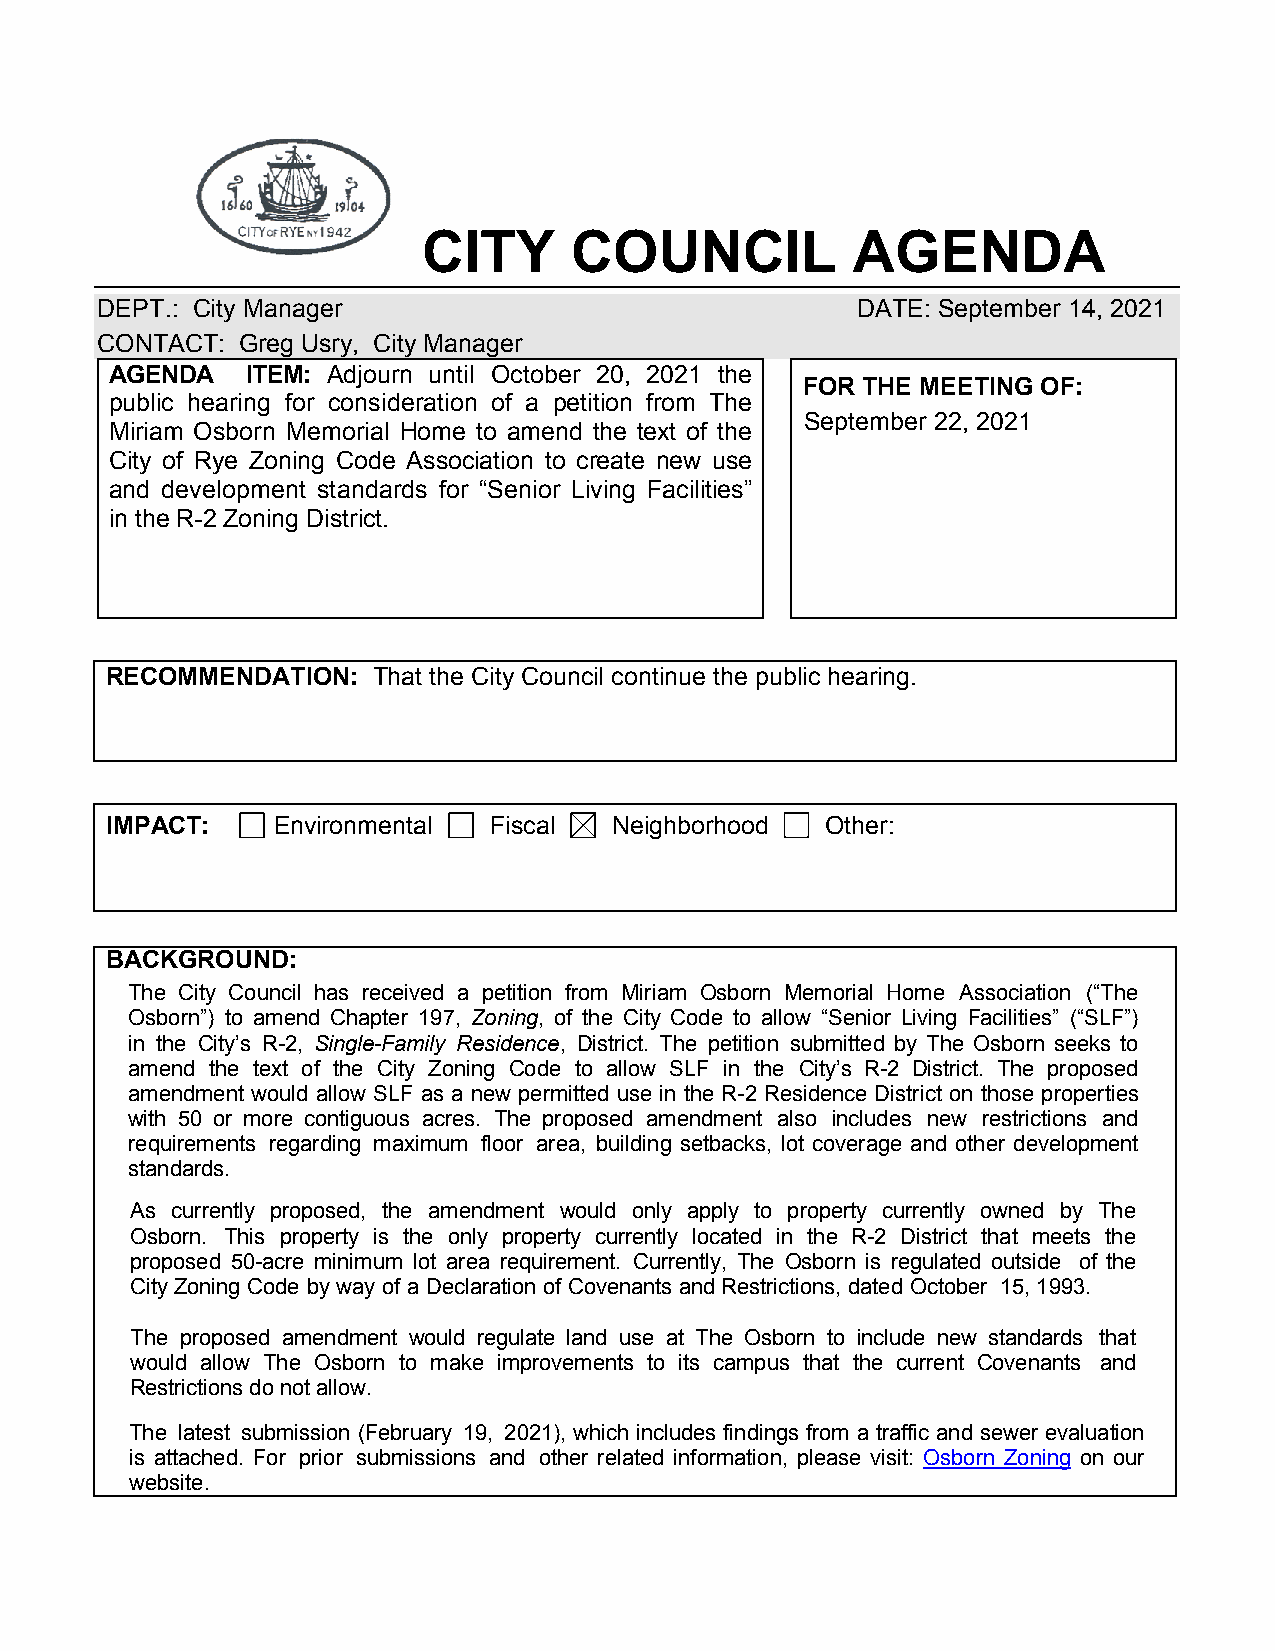
CITY      COUNCIL           AGENDA
 DEPT.: City Manager                                DATE: September 14, 2021
 CONTACT:  Greg Usry, City Manager
 AGENDA   ITEM: Adjourn until October 20, 2021 the
 FOR THE MEETING OF:
 public hearing for consideration of a petition from The
 September 22, 2021
 Miriam Osborn Memorial Home to amend the text of the
 City of Rye Zoning Code Association to create new use
 and development standards for “Senior Living Facilities”
 in the R-2 Zoning District.
 RECOMMENDATION:   That the City Council continue the public hearing.
 IMPACT:    Environmental Fiscal   Neighborhood  Other:
 BACKGROUND:
 The City Council has received a petition from Miriam Osborn Memorial Home Association (“The
 Osborn”) to amend Chapter 197, Zoning, of the City Code to allow “Senior Living Facilities” (“SLF”)
 in the City’s R-2, Single-Family Residence, District. The petition submitted by The Osborn seeks to
 amend the text of the City Zoning Code to allow SLF in the City’s R-2 District. The proposed
 amendment would allow SLF as a new permitted use in the R-2 Residence District on those properties
 with 50 or more contiguous acres. The proposed amendment also includes new restrictions and
 requirements regarding maximum floor area, building setbacks, lot coverage and other development
 standards.
 As currently proposed, the amendment would only apply to property currently owned by The
 Osborn. This property is the only property currently located in the R-2 District that meets the
 proposed 50-acre minimum lot area requirement. Currently, The Osborn is regulated outside of the
 City Zoning Code by way of a Declaration of Covenants and Restrictions, dated October 15, 1993.
 The proposed amendment would regulate land use at The Osborn to include new standards that
 would allow The Osborn to make improvements to its campus that the current Covenants and
 Restrictions do not allow.
 The latest submission (February 19, 2021), which includes findings from a traffic and sewer evaluation
 is attached. For prior submissions and other related information, please visit: Osborn Zoning on our
 website.